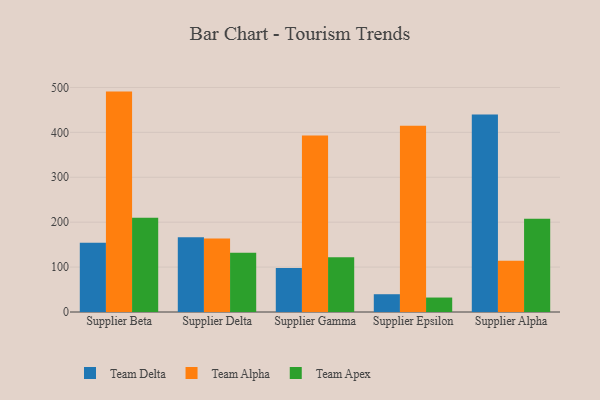
{"axis": {"x": "Supplier", "y": "Conversion Rate (%)"}, "legend": ["Team Alpha", "Team Apex", "Team Delta"], "data": [{"x": "Supplier Beta", "y": 154.2, "type": "Team Delta"}, {"x": "Supplier Beta", "y": 490.8, "type": "Team Alpha"}, {"x": "Supplier Beta", "y": 209.9, "type": "Team Apex"}, {"x": "Supplier Delta", "y": 166.4, "type": "Team Delta"}, {"x": "Supplier Delta", "y": 163.5, "type": "Team Alpha"}, {"x": "Supplier Delta", "y": 132.0, "type": "Team Apex"}, {"x": "Supplier Gamma", "y": 98.1, "type": "Team Delta"}, {"x": "Supplier Gamma", "y": 393.1, "type": "Team Alpha"}, {"x": "Supplier Gamma", "y": 121.8, "type": "Team Apex"}, {"x": "Supplier Epsilon", "y": 39.6, "type": "Team Delta"}, {"x": "Supplier Epsilon", "y": 414.7, "type": "Team Alpha"}, {"x": "Supplier Epsilon", "y": 32.2, "type": "Team Apex"}, {"x": "Supplier Alpha", "y": 439.7, "type": "Team Delta"}, {"x": "Supplier Alpha", "y": 114.4, "type": "Team Alpha"}, {"x": "Supplier Alpha", "y": 207.9, "type": "Team Apex"}]}